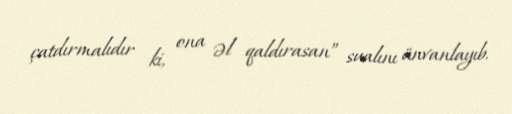
çatdırmalıdır ki, ona əl qaldırasan” sualını ünvanlayıb.